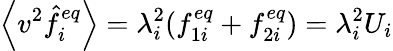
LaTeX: \left\langle v^{2}\hat{f}_{i}^{eq}\right\rangle=\lambda_{i}^{2}(f_{1i}^{eq}+f_{2i}^{eq})=\lambda_{i}^{2}U_{i}